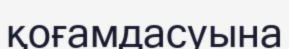
қоғамдасуына